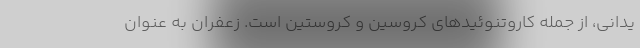
یدانی، از جمله کاروتنوئیدهای کروسین و کروستین است. زعفران به عنوان